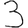
Digit: 3